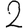
Digit: 2